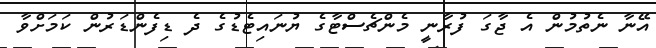
އޭނާ ނެތުމުން އެ ޖާގަ ފުރާނީ މެންޗެސްޓާގެ ޔުނައިޓެޑުގެ ދެ ޑިފެންޑަރުން ކަމަށްވާ